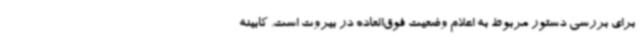
برای بررسی دستور مربوط به اعلام وضعیت فوق‌العاده در بیروت است. کابینه